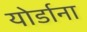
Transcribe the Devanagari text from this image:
योर्डाना